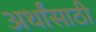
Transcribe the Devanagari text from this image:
अर्थांसाठी